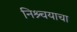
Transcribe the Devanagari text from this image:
निश्र्चयाचा